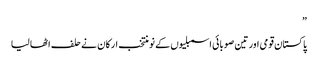
”
پاکستان قومی اور تین صوبائی اسمبلیوں کے نو منتخب ارکان نے حلف اٹھا لیا